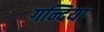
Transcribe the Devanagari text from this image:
गन्दिया